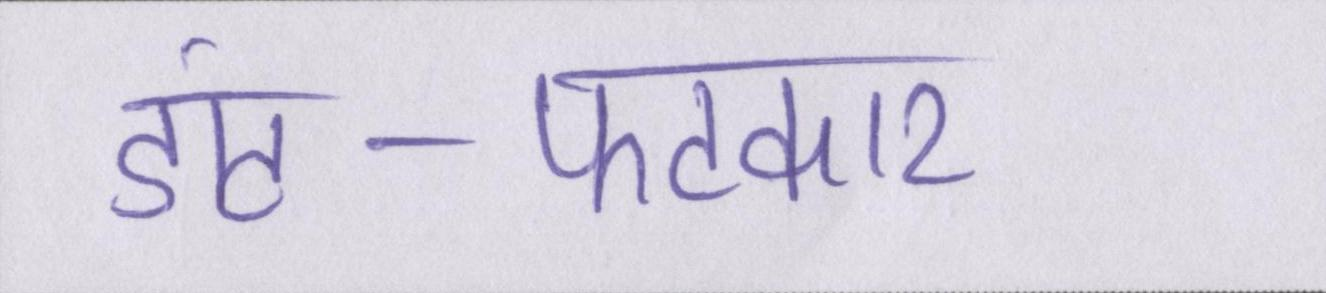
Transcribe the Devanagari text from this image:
डांट-फटकार